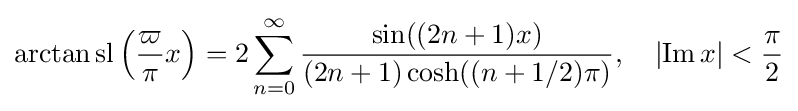
\arctan \operatorname {sl} {\Bigl (}{\frac {\varpi }{\pi }}x{\Bigr )}=2\sum _{n=0}^{\infty }{\frac {\sin((2n+1)x)}{(2n+1)\cosh((n+1/2)\pi )}},\quad \left|\operatorname {Im} x\right|<{\frac {\pi }{2}}